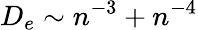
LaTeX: D_{e}\sim n^{-3}+n^{-4}